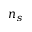
n _ { s }